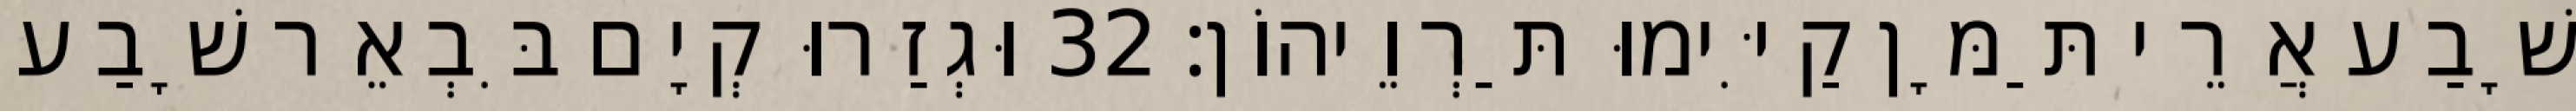
שָׁבַע אֲרֵי תַּמָּן קַיִּימוּ תַּרְוֵיהוֹן׃ 32 וּגְזַרוּ קְיָם בִּבְאֵר שָׁבַע